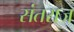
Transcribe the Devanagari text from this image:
संतराज